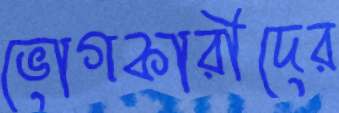
ভোগকারীদের